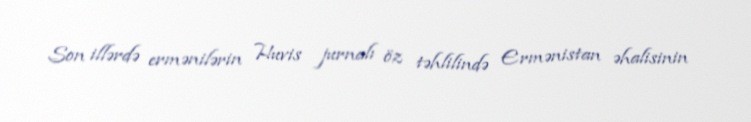
Son illərdə ermənilərin Huvis jurnalı öz təhlilində Ermənistan əhalisinin